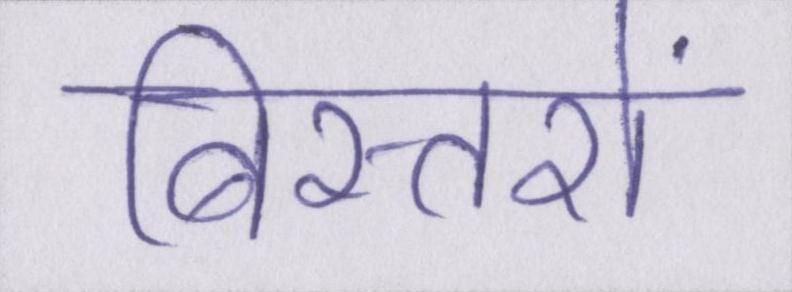
बिस्तरों